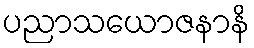
ပညာသယောဇနာနိ